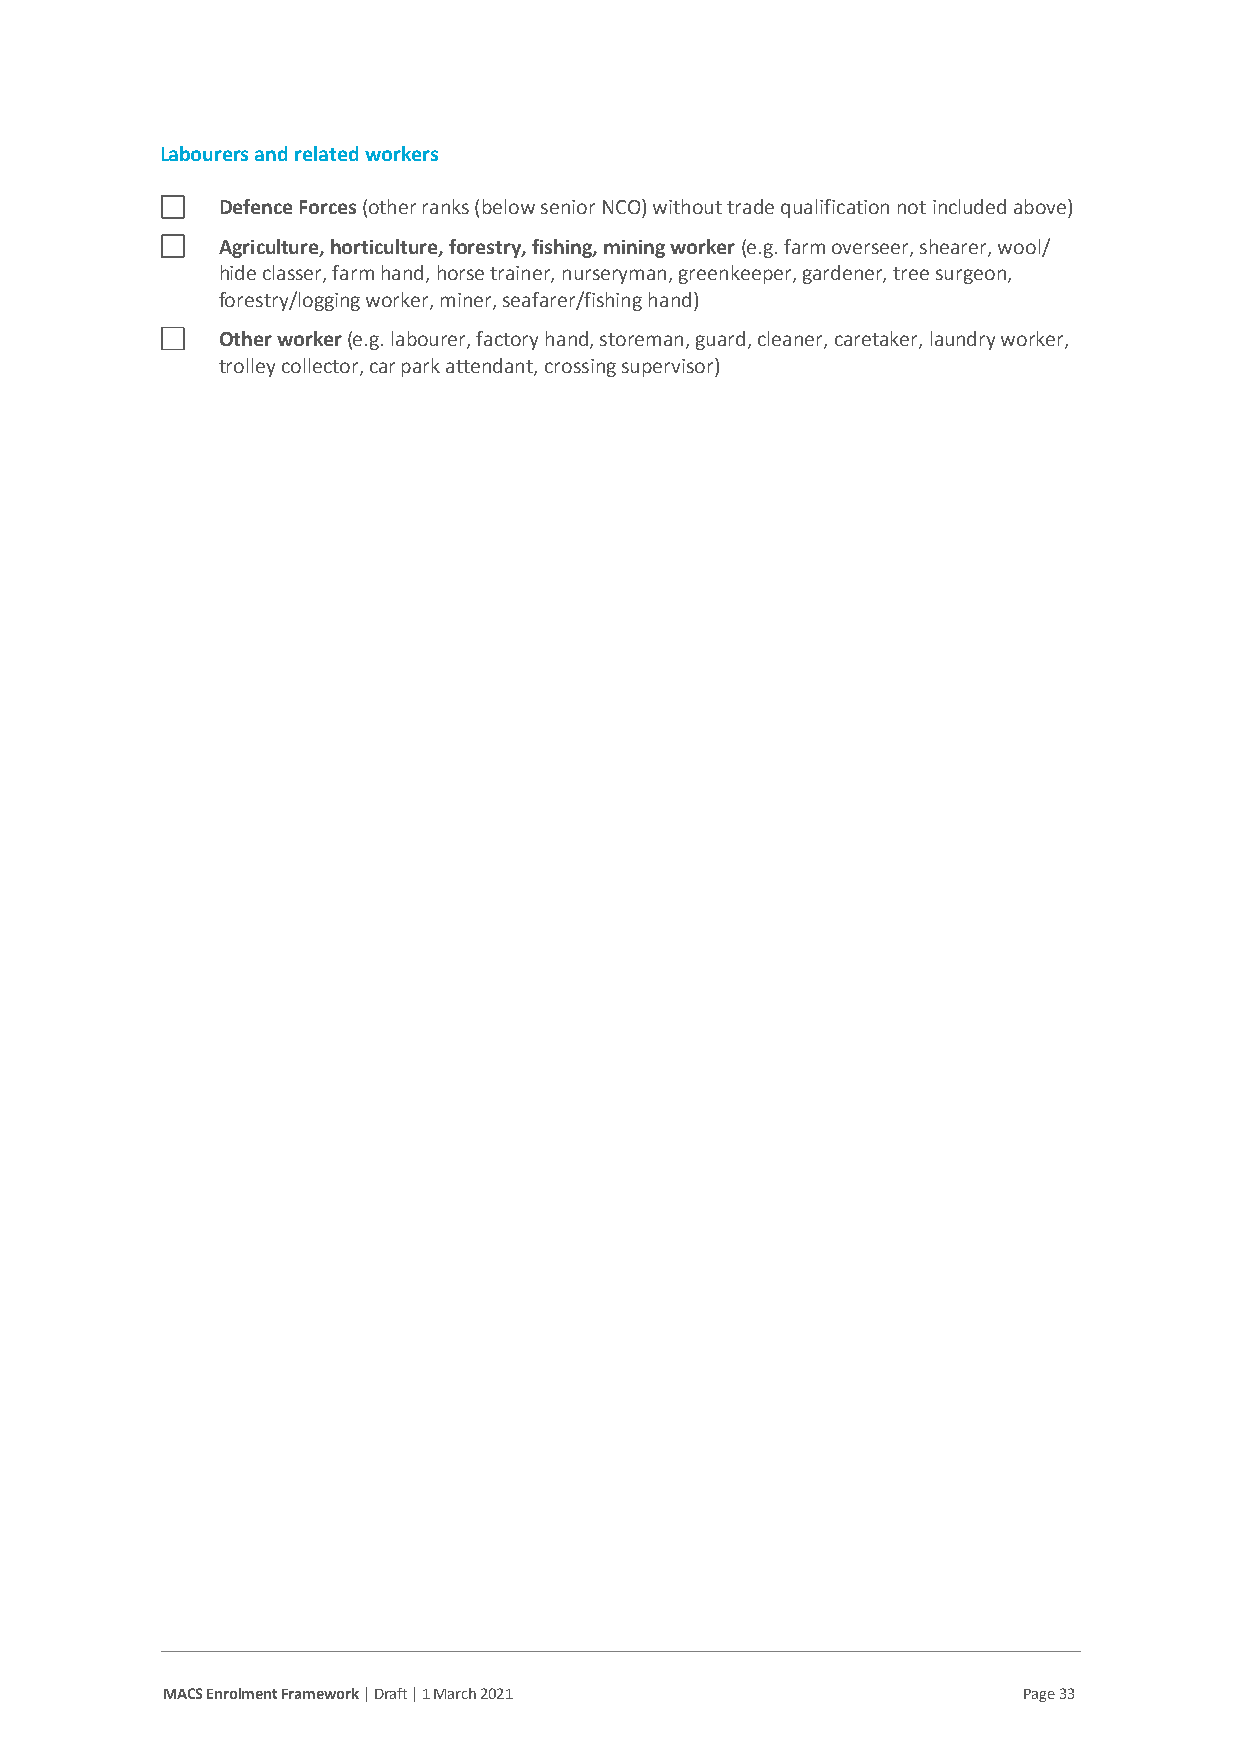
Labourers and related workers
 Defence Forces (other ranks (below senior NCO) without trade qualification not included above)
 Agriculture, horticulture, forestry, fishing, mining worker (e.g. farm overseer, shearer, wool/
 hide classer, farm hand, horse trainer, nurseryman, greenkeeper, gardener, tree surgeon,
 forestry/logging worker, miner, seafarer/fishing hand)
 Other worker (e.g. labourer, factory hand, storeman, guard, cleaner, caretaker, laundry worker,
 trolley collector, car park attendant, crossing supervisor)
 MACS Enrolment Framework | Draft | 1 March 2021          Page 33